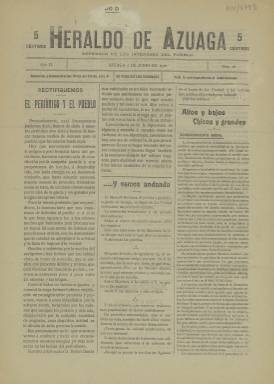
Título: Heraldo de Azuaga
Colección: Periódicos
Ámbito geográfico: Badajoz
Lugar de publicación: Azuaga [Badajoz]
Fechas: 05/06/1910-05/06/1910